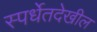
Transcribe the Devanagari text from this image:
स्पर्धेतदेखील